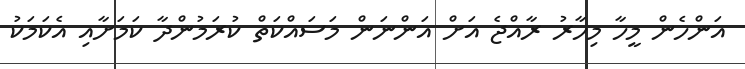
އަންހެން މީހާ މިހާރު ރާއްޖެ އަށް އަންނަން މަސައްކަތް ކުރަމުންދާ ކަމަށާއި އެކަމަކު